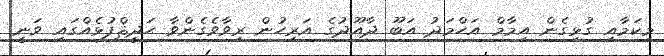
މިކަމާއި ގުޅިގެން އިމާމް އަހްމަދު އަބޫ ދާއޫދުގެ އަރިހުން ރިވާވެގެންވާ ޙަދީޘްފުޅެއްގައި ވަނީ